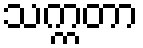
သက္ကတာ